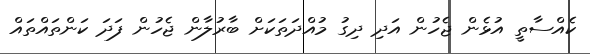
ކެއްސާތީ އުޅެން ޖެހުން އަދި ދިގު މުއްދަތަކަށް ބާރުލާން ޖެހުން ފަދަ ކަންތައްތައް